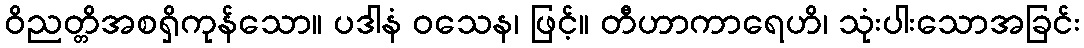
ဝိညတ္တိအစရှိကုန်သော။ ပဒါနံ ဝသေန၊ ဖြင့်။ တီဟာကာရေဟိ၊ သုံးပါးသောအခြင်း